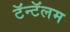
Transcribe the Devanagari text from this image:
टॅन्टॅलम